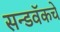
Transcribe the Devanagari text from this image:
सन्डवॅकचे